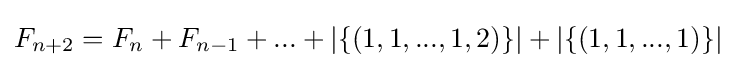
F_{n+2}=F_{n}+F_{n-1}+...+|\{(1,1,...,1,2)\}|+|\{(1,1,...,1)\}|